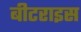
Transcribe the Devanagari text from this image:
बीटराइस